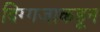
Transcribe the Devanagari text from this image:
दिग्गजाकडून